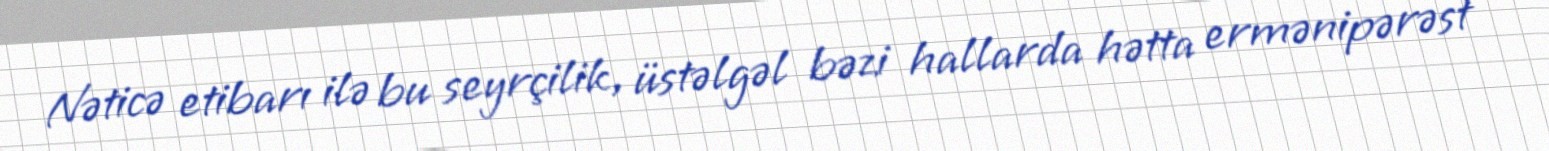
Nəticə etibarı ilə bu seyrçilik, üstəlgəl bəzi hallarda hətta ermənipərəst